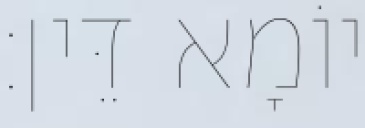
יוֹמָא דֵּין׃